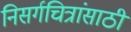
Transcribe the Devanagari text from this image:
निसर्गचित्रांसाठी